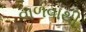
વાળવાથી